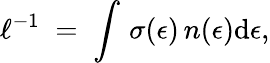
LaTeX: \ell^{-1}\; =\; \int\, \sigma(\epsilon)\, n(\epsilon)\mathrm{d}\epsilon,